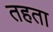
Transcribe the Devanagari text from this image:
तहता